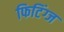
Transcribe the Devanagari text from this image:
फिटिंग्ज